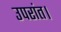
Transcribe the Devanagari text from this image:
उपरांत।